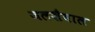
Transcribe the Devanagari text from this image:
जलशैवाल